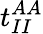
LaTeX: t_{II}^{AA}